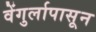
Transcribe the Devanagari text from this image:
वेंगुर्लापासून